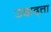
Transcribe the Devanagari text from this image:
उदाद्त्ता